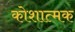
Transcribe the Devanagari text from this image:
कोशात्मक